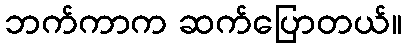
ဘက်ကာက ဆက်ပြောတယ်။